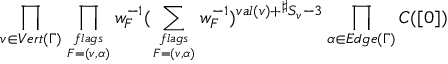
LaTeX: \prod _ { v \in V e r t ( \Gamma ) } \prod _ { { f l a g s } \atop { F = ( v , \alpha ) } } w _ { F } ^ { - 1 } ( \sum _ { { f l a g s } \atop { F = ( v , \alpha ) } } w _ { F } ^ { - 1 } ) ^ { v a l ( v ) + { } ^ { \sharp } S _ { v } - 3 } \prod _ { \alpha \in E d g e ( \Gamma ) } C ( [ 0 ] )